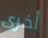
أخرى